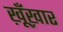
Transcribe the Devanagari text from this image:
ख़ूँख़ार